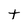
Character: t